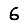
Digit: 6